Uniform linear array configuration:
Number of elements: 4
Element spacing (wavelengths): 0.5
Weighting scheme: cosine
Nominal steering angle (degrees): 45
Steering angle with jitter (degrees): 43.964
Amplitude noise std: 0.05
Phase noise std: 0.05

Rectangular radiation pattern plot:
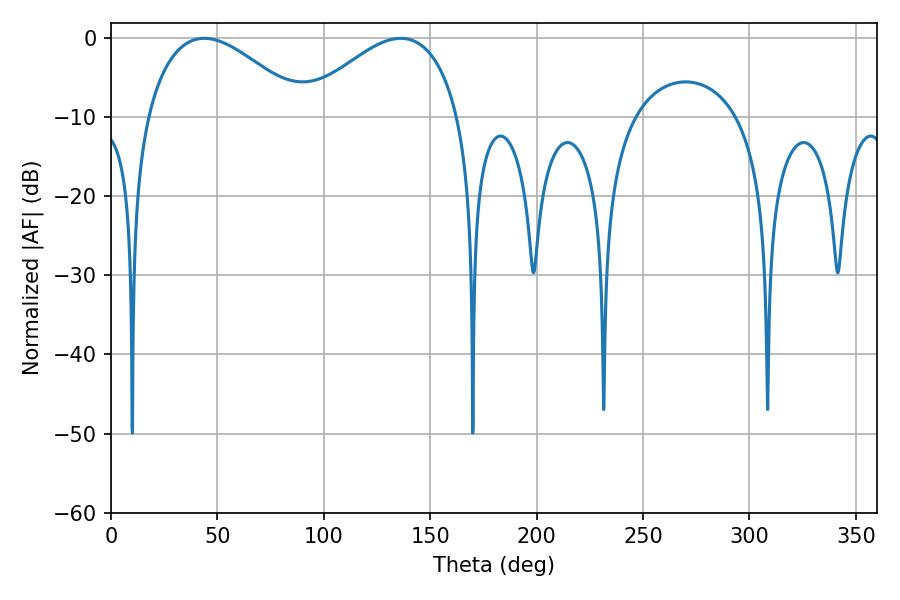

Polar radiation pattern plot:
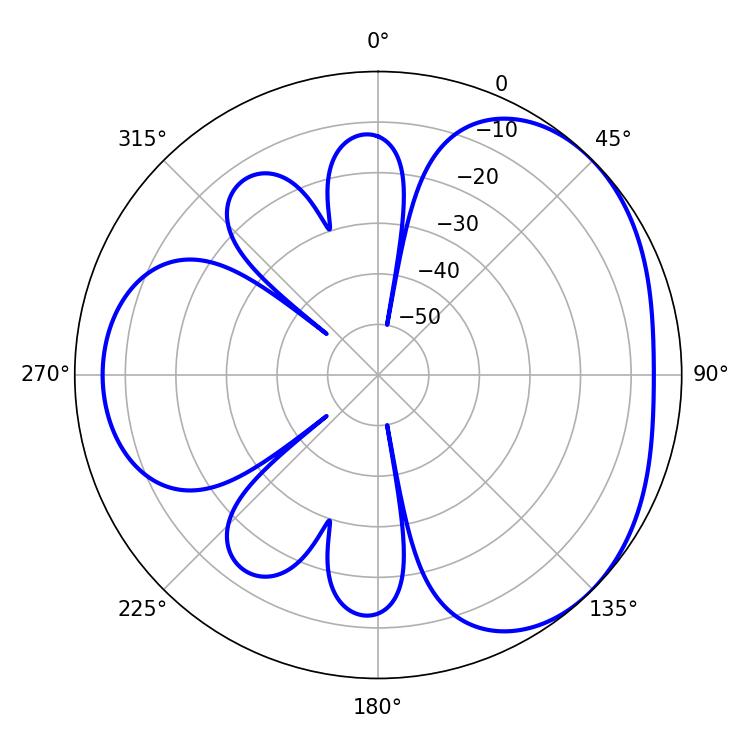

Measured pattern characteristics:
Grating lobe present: FALSE
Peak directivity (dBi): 3.395
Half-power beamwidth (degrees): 40.5
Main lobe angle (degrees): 43.92